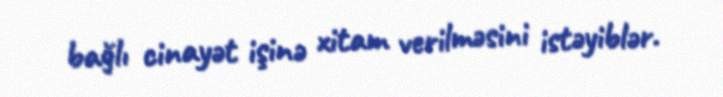
bağlı cinayət işinə xitam verilməsini istəyiblər.